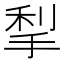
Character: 𰓶